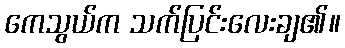
ကေသွယ်က သက်ပြင်းလေးချ၏။